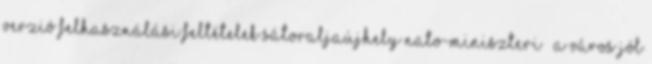
verzió Felhasználási feltételek Sátoraljaújhely NATO-MINISZTERI – a város jól